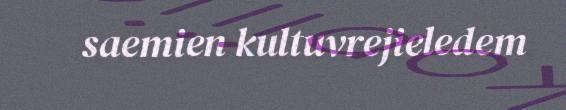
saemien kultuvrejieledem